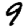
Digit: 9